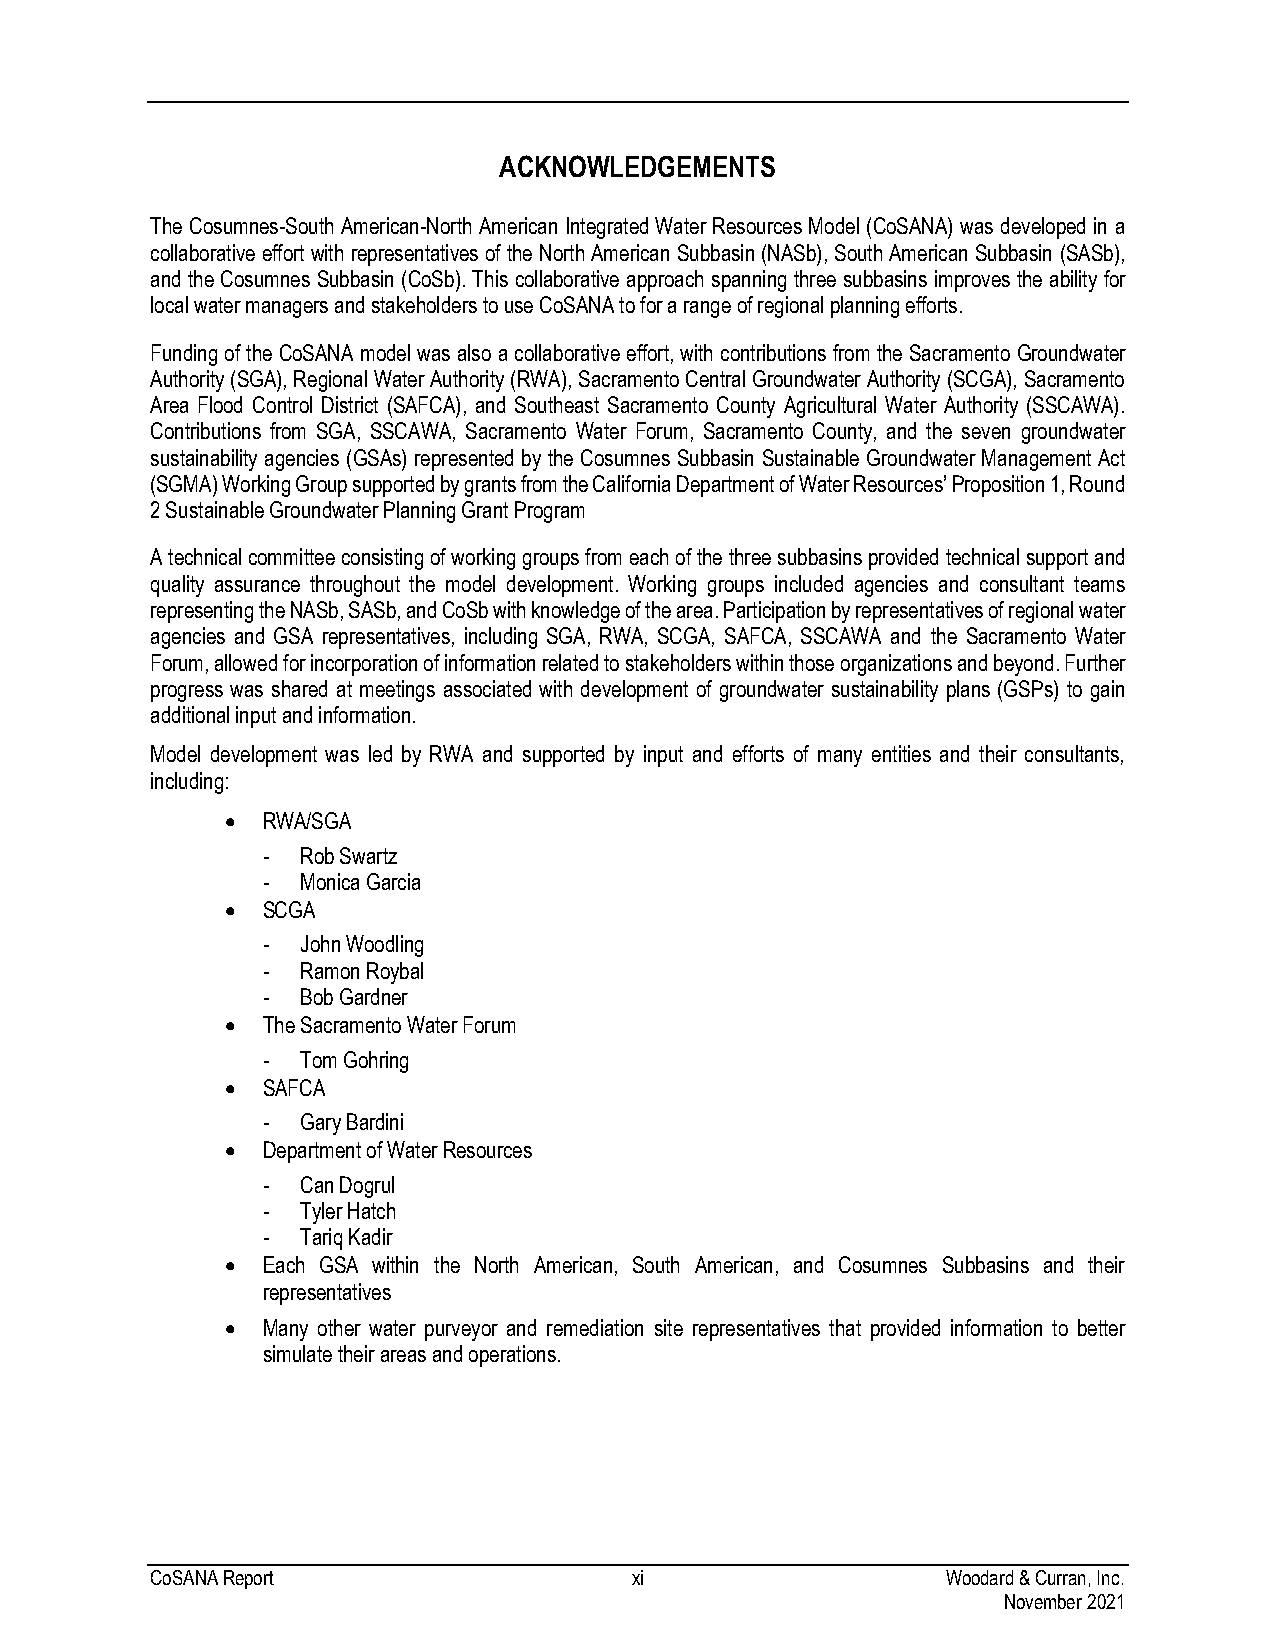
ACKNOWLEDGEMENTS
 The Cosumnes-South American-North American Integrated Water Resources Model (CoSANA) was developed in a
 collaborative effort with representatives of the North American Subbasin (NASb), South American Subbasin (SASb),
 and the Cosumnes Subbasin (CoSb). This collaborative approach spanning three subbasins improves the ability for
 local water managers and stakeholders to use CoSANA to for a range of regional planning efforts.
 Funding of the CoSANA model was also a collaborative effort, with contributions from the Sacramento Groundwater
 Authority (SGA), Regional Water Authority (RWA), Sacramento Central Groundwater Authority (SCGA), Sacramento
 Area Flood Control District (SAFCA), and Southeast Sacramento County Agricultural Water Authority (SSCAWA).
 Contributions from SGA, SSCAWA, Sacramento Water Forum, Sacramento County, and the seven groundwater
 sustainability agencies (GSAs) represented by the Cosumnes Subbasin Sustainable Groundwater Management Act
 (SGMA) Working Group supported by grants from the California Department of Water Resources’ Proposition 1, Round
 2 Sustainable Groundwater Planning Grant Program
 A technical committee consisting of working groups from each of the three subbasins provided technical support and
 quality assurance throughout the model development. Working groups included agencies and consultant teams
 representing the NASb, SASb, and CoSb with knowledge of the area. Participation by representatives of regional water
 agencies and GSA representatives, including SGA, RWA, SCGA, SAFCA, SSCAWA and the Sacramento Water
 Forum, allowed for incorporation of information related to stakeholders within those organizations and beyond. Further
 progress was shared at meetings associated with development of groundwater sustainability plans (GSPs) to gain
 additional input and information.
 Model development was led by RWA and supported by input and efforts of many entities and their consultants,
 including:
 • RWA/SGA
 -  Rob Swartz
 -  Monica Garcia
 • SCGA
 -  John Woodling
 -  Ramon Roybal
 -  Bob Gardner
 • The Sacramento Water Forum
 -  Tom Gohring
 • SAFCA
 -  Gary Bardini
 • Department of Water Resources
 -  Can Dogrul
 -  Tyler Hatch
 -  Tariq Kadir
 • Each GSA within the North American, South American, and Cosumnes Subbasins and their
 representatives
 • Many other water purveyor and remediation site representatives that provided information to better
 simulate their areas and operations.
 CoSANA Report                   xi                   Woodard & Curran, Inc.
 November 2021